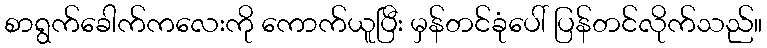
စာရွက်ခေါက်ကလေးကို ကောက်ယူပြီး မှန်တင်ခုံပေါ် ပြန်တင်လိုက်သည်။